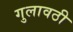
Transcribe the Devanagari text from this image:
गुलावठी